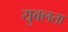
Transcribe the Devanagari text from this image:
युक्लता